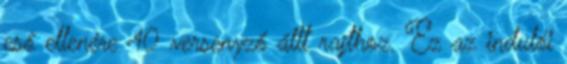
eső ellenére 40 versenyző állt rajthoz. Ez az indulói